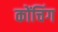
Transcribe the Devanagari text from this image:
कोंचिंग